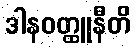
ဒါနဝတ္ထူနီတိ